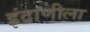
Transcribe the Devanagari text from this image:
इंद्राणीला